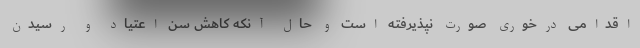
اقدامی درخوری صورت نپذیرفته است و حال آنکه کاهش سن اعتیاد و رسیدن